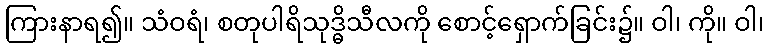
ကြားနာရ၍။ သံဝရံ၊ စတုပါရိသုဒ္ဓိသီလကို စောင့်ရှောက်ခြင်း၌။ ဝါ၊ ကို။ ဝါ၊